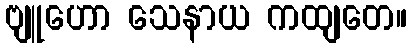
ဗျူဟော သေနာယ ကထျတေ။